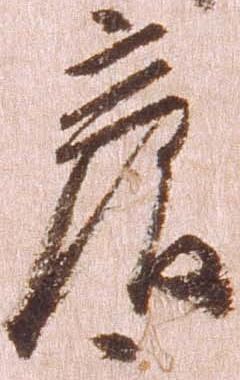
彦